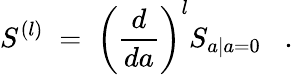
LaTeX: S^{(l)}\; =\; \left(\frac{d}{da}\right)^{l}S_{a|a=0}\; \; \; .